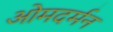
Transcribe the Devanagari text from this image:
ओमदर्मन